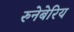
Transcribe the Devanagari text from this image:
रुनेबेरिय